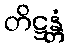
တိဋ္ဌန္တံ